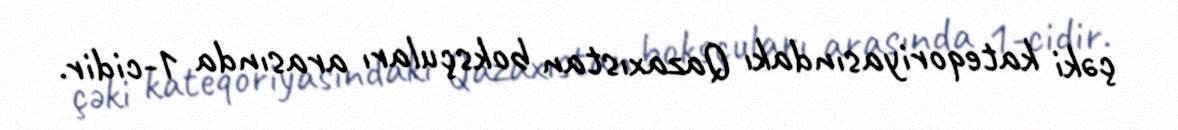
çəki kateqoriyasındakı Qazaxıstan boksçuları arasında 1-cidir.